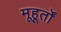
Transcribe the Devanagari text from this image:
मूहूर्तों